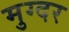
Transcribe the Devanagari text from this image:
मुग्दर